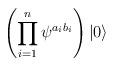
LaTeX: \begin{align*}\left(\prod_{i=1}^n \psi^{a_i b_i} \right) | 0 \rangle\end{align*}